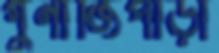
গুনাজিপাড়া